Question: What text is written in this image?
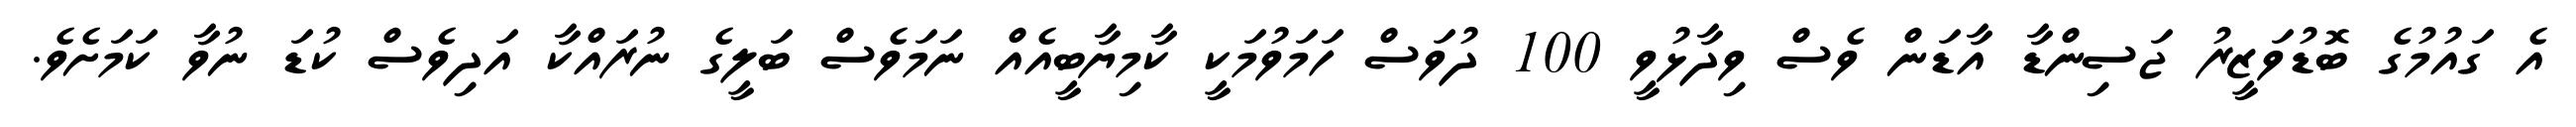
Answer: އެ ގައުމުގެ ބޮޑުވަޒީރު ޖަސިންޑާ އާޑަން ވެސް ވިދާޅުވީ 100 ދުވަސް ހަމަވުމަކީ ކާމިޔާބީއެއް ނަމަވެސް ބަލީގެ ނުރައްކާ އަދިވެސް ކުޑަ ނުވާ ކަމަށެވެ.